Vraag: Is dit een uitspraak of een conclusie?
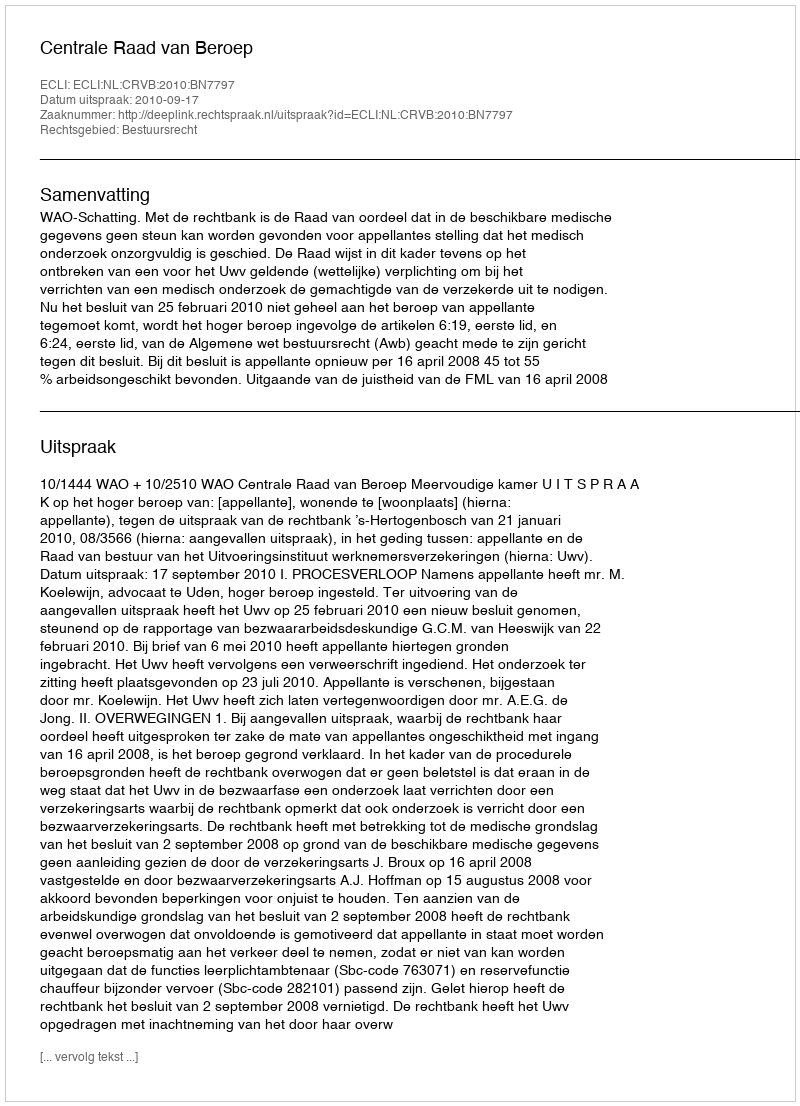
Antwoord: Uitspraak